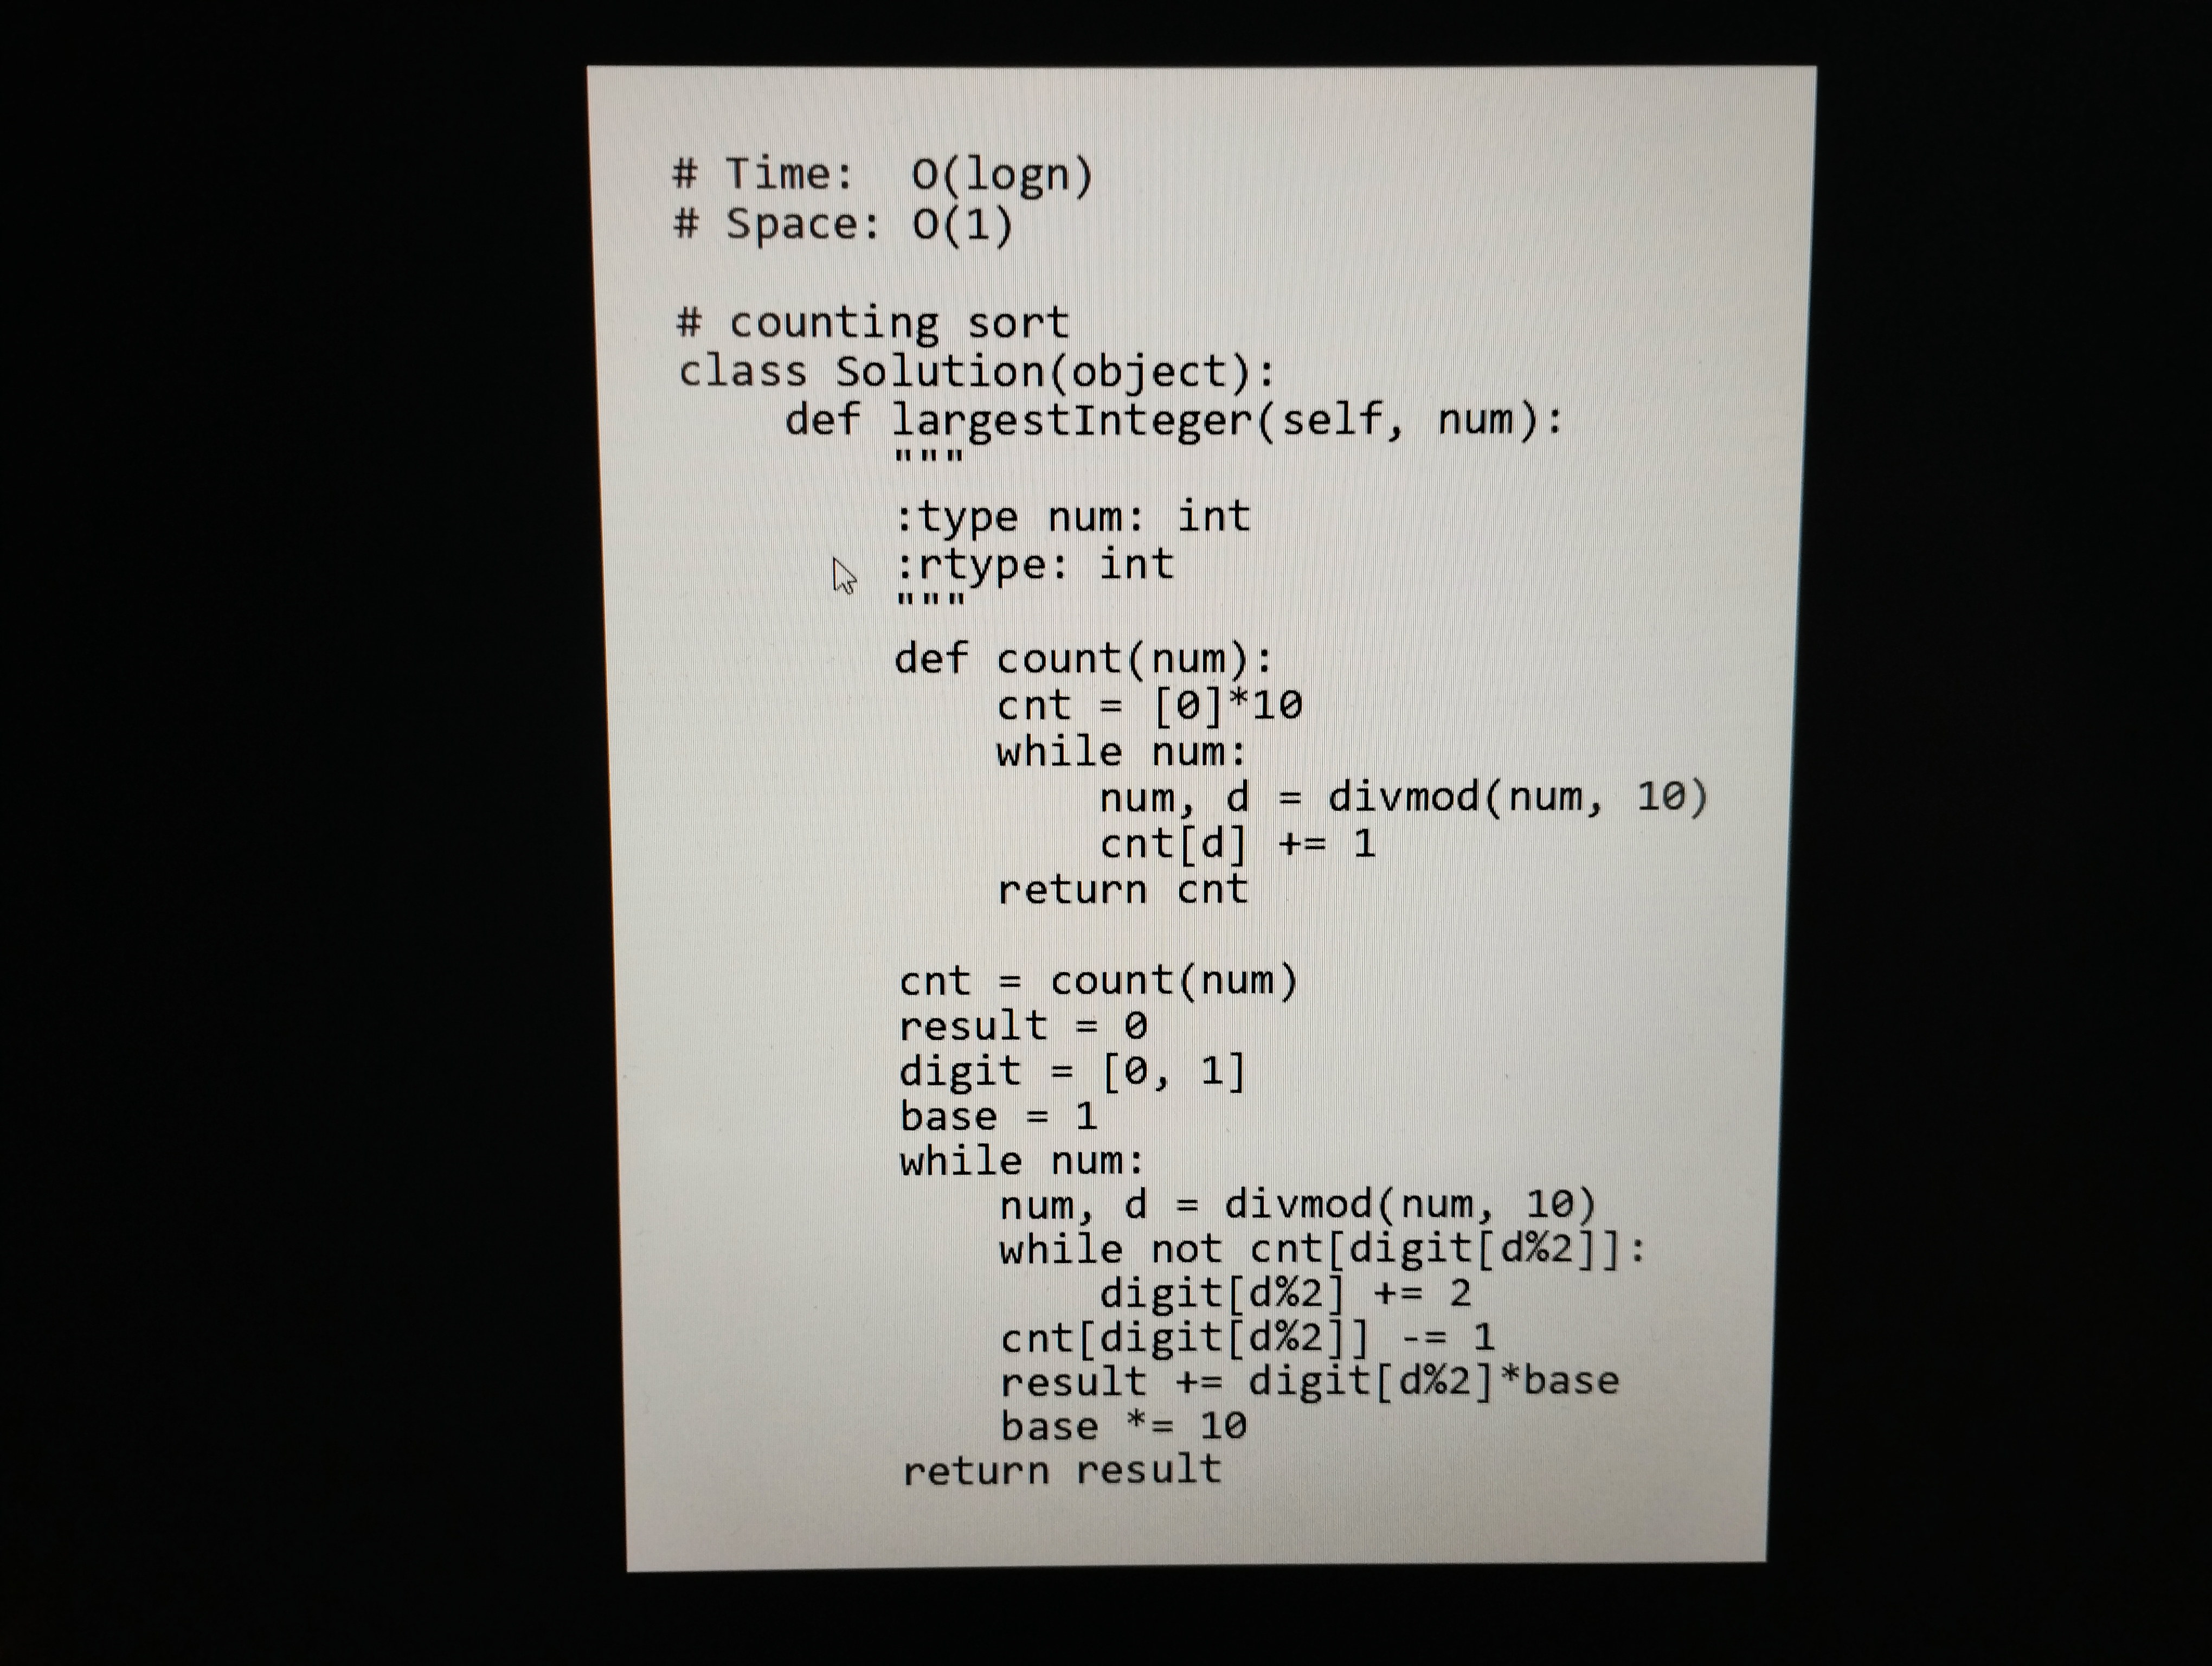
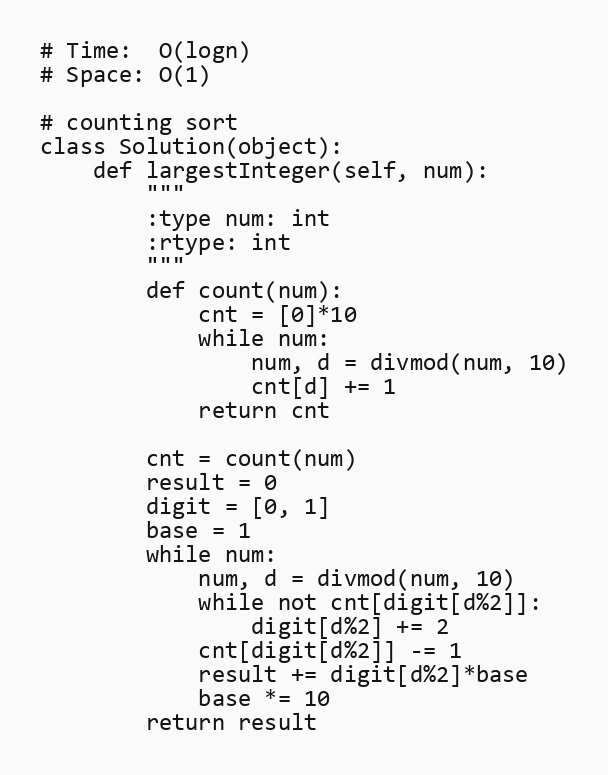
# Time:  O(logn)
# Space: O(1)

# counting sort
class Solution(object):
    def largestInteger(self, num):
        """
        :type num: int
        :rtype: int
        """
        def count(num):
            cnt = [0]*10
            while num:
                num, d = divmod(num, 10)
                cnt[d] += 1
            return cnt

        cnt = count(num)
        result = 0
        digit = [0, 1]
        base = 1
        while num:
            num, d = divmod(num, 10)
            while not cnt[digit[d%2]]:
                digit[d%2] += 2
            cnt[digit[d%2]] -= 1
            result += digit[d%2]*base
            base *= 10
        return result